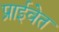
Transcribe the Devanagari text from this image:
प्राईवेत